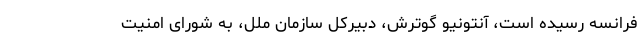
فرانسه رسیده است، آنتونیو گوترش، دبیرکل سازمان ملل، به شورای امنیت